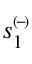
s _ { 1 } ^ { \scriptscriptstyle ( \! - \! ) }